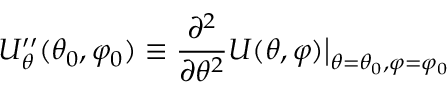
U _ { \theta } ^ { \prime \prime } ( \theta _ { 0 } , \varphi _ { 0 } ) \equiv \frac { \partial ^ { 2 } } { \partial \theta ^ { 2 } } U ( \theta , \varphi ) \big \rvert _ { \theta = \theta _ { 0 } , \varphi = \varphi _ { 0 } }